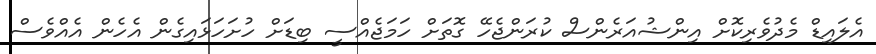
އެލައިޑް މެދުވެރިކޮށް އިންޝުއަރެންސް ކުރަންޖެހޭ ގޮތަށް ހަމަޖެއްސީ ބިޑަށް ހުށަހަޅައިގެން އެހެން އެއްވެސް